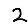
Digit: 2